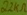
Text: 22kΩ